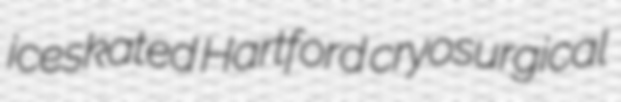
iceskated Hartford cryosurgical